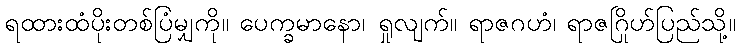
ရထားထံပိုးတစ်ပြံမျှကို။ ပေက္ခမာနော၊ ရှုလျက်။ ရာဇဂဟံ၊ ရာဇဂြိုဟ်ပြည်သို့။